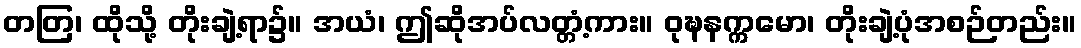
တတြ၊ ထိုသို့ တိုးချဲ့ရာ၌။ အယံ၊ ဤဆိုအပ်လတ္တံ့ကား။ ဝုဍ္ဎနက္ကမော၊ တိုးချဲ့ပုံအစဉ်တည်း။